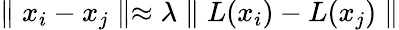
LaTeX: \parallel x_{i}-x_{j}\parallel\approx\lambda\parallel L(x_{i})-L(x_{j})\parallel